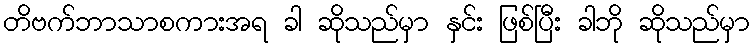
တိဗက်ဘာသာစကားအရ ခါ ဆိုသည်မှာ နှင်း ဖြစ်ပြီး ခါဘို ဆိုသည်မှာ